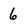
Character: 6